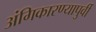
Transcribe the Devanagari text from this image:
अंगिकारण्यापुर्वी